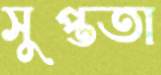
সুপ্ততা